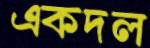
একদল